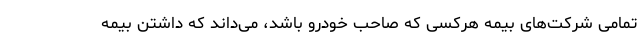
تمامی شرکت‌های بیمه هرکسی که صاحب خودرو باشد، می‌داند که داشتن بیمه